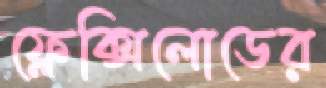
ফ্লেক্সিলোডের